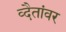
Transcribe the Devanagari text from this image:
व्दैतांवर